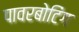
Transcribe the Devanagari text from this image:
पावरबोटिंग